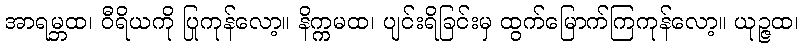
အာရမ္ဘထ၊ ဝီရိယကို ပြုကုန်လော့။ နိက္ကမထ၊ ပျင်းရိခြင်းမှ ထွက်မြောက်ကြကုန်လော့။ ယုဉ္ဇထ၊